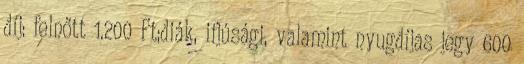
díj: felnőtt 1.200 Ft;diák, ifjúsági, valamint nyugdíjas jegy 600